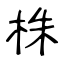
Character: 株